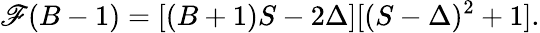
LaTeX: \mathscr{F}(B-1)=[(B+1)S-2\Delta][(S-\Delta)^{2}+1].